Madras plague regulations in force outside the Presidency town - Volume 3
Disease focus: Plague
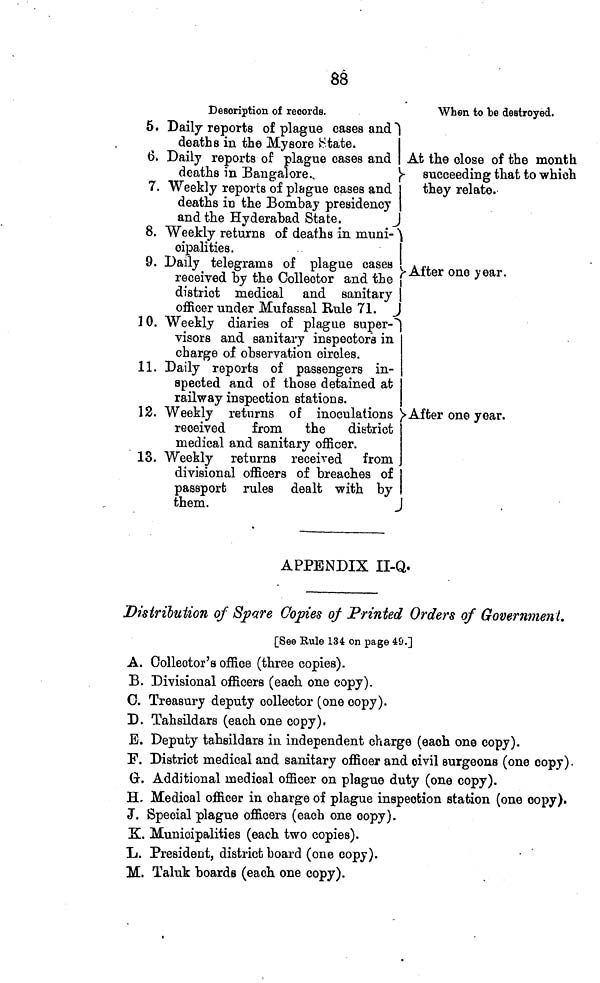
88
5.
6,
7.
8.
9.
10.
11.
12.
13.
Description of records.
When to be destroyed.
Daily reports of plague cases and d
eaths in the Mysore ^tate.
Daily reports of plague cases and At the close of the month
deaths in Bangalore.,
}~ succeeding that to which
Weekly reports of plague cases and
deaths in the Bombay presidency
they relate.
and the Hyderabad State.
J
Weekly returns of deaths in muni- ô
ipalities.
Daily telegrams of plague cases
received by the Collector and the
district medical and sanitary
"f After one year.
officer under Mufassal Rule 71. J
Weekly diaries of plague super-"")
visors and sanitary inspectors in
charge of observation circles.
Daily reports of passengers in-
spected and of those detained at
railway inspection stations.
Weekly returns of inoculations )• After one year.
received
from
the
district
medical and sanitary officer.
Weekly returns received from
divisional officers of breaches of
passport rules dealt with by
them.
J
APPENDIX II-Q.
Distribution of Spare Copies of Printed Orders of Government.
[See Rule 134 on page 49.]
A. Collector's office (three copies).
B. Divisional officers (each one copy).
C. Treasury deputy collector (one copy).
D. Tahsildars (each one copy).
E. Deputy tahsildars in independent charge (each one copy).
F. District medical and sanitary officer and civil surgeons (one copy).
G. Additional medical officer on plague duty (one copy).
H. Medical officer in charge of plague inspection station (one copy).
J. Special plague officers (each one copy).
EÜ. Municipalities (each two copies).
L. President, district board (one copy).
M. ïaluk boards (each one copy).